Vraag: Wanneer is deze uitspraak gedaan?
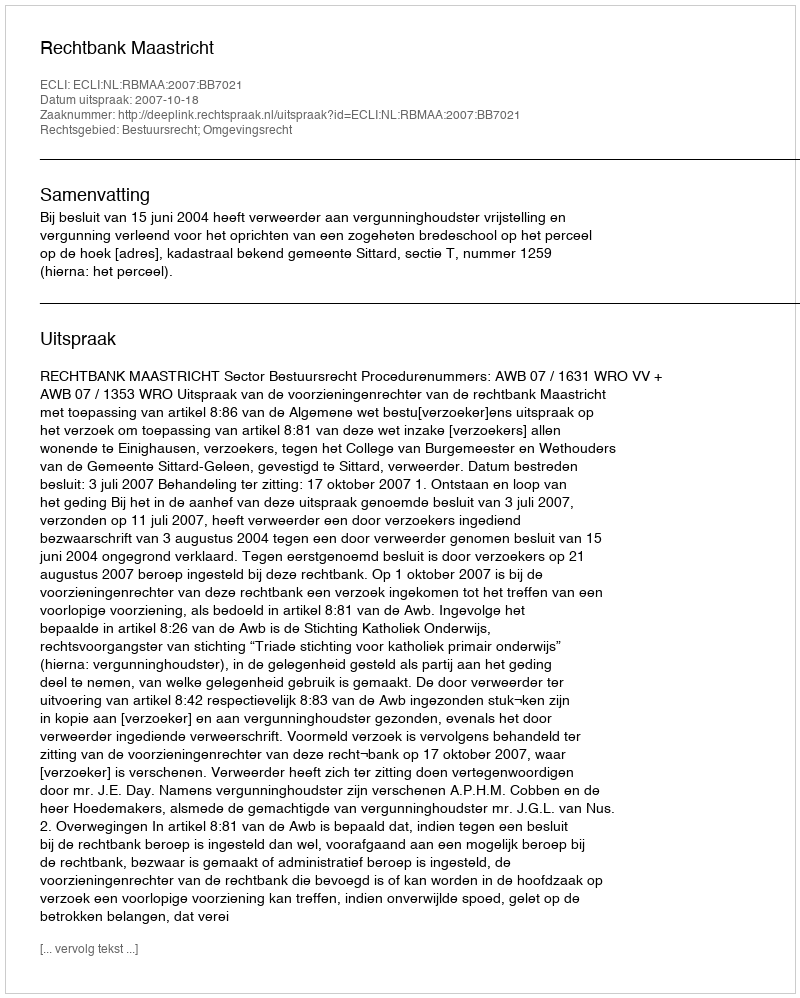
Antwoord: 2007-10-18